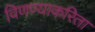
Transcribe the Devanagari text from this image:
विणण्याकरिता